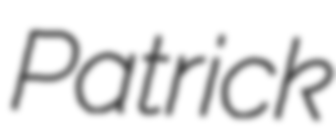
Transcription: Patrick